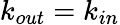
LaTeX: k_{out}=k_{in}